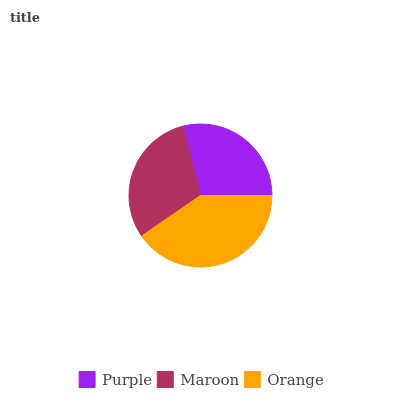
| Purple | Maroon | Orange |
 | --- | --- | --- |
 | 28.9% | 30.7% | 40.4% |